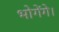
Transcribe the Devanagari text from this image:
भोगेंगे।